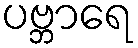
ပဗ္ဘာရေ